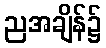
ညအချိန်၌